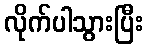
လိုက်ပါသွားပြီး